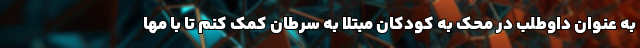
به عنوان داوطلب در محک به کودکان مبتلا به سرطان کمک کنم تا با مها